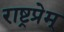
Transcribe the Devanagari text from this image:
राष्ट्रप्रेम्